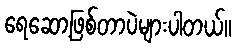
ရေဆော့ဖြစ်တာပဲများပါတယ်။